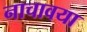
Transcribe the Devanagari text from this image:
नाचावया